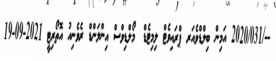
--/2020/031 އަމިން ބިލްޑްވެއަރ ޕްރައިވެޓް ލިމިޓެޑް	 މޯލްޑިވްސް އިންލަންޑް ރެވެނިއު އޮތޯރިޓީ 2021-09-19